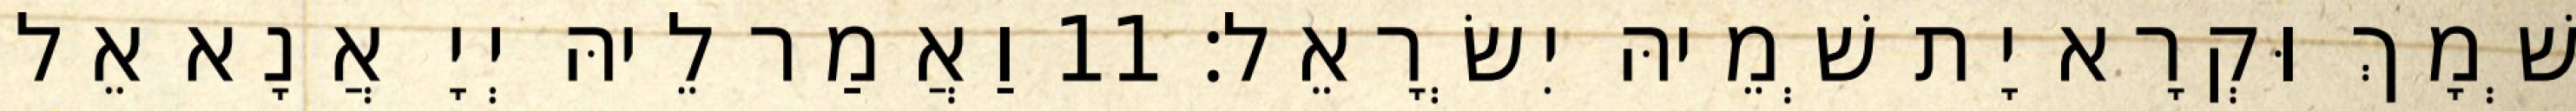
שְׁמָךְ וּקְרָא יָת שְׁמֵיהּ יִשְׂרָאֵל׃ 11 וַאֲמַר לֵיהּ יְיָ אֲנָא אֵל